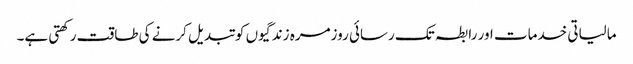
مالیاتی خدمات اور رابطہ تک رسائی روزمرہ زندگیوں کو تبدیل کرنے کی طاقت رکھتی ہے۔